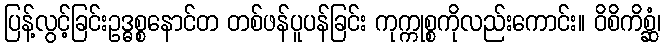
ပြန့်လွင့်ခြင်းဥဒ္ဓစ္စနောင်တ တစ်ဖန်ပူပန်ခြင်း ကုက္ကုစ္စကိုလည်းကောင်း။ ဝိစိကိစ္ဆံ၊